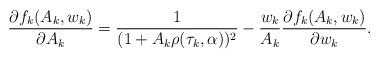
LaTeX: \begin{align*}\frac{\partial f_{k}(A_{k}, w_{k})}{\partial A_{k}} = \frac{1}{(1 + A_{k}\rho(\tau_{k}, \alpha))^{2}} - \frac{w_{k}}{A_{k}}\frac{\partial f_{k}(A_{k}, w_{k})}{\partial w_{k}}.\end{align*}